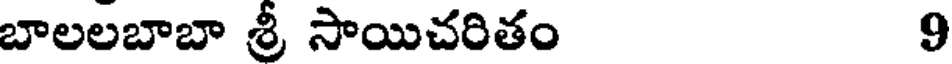
బాలలబాబా శ్రీ సాయిచరితం 9